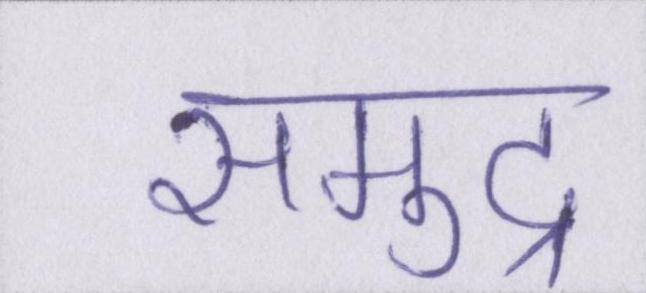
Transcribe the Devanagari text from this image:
समुद्र